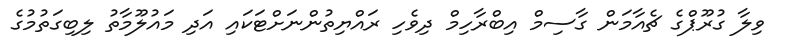
ވިލާ ގުރޫޕްގެ ޗެއާމަން ގާސިމް އިބްރާހިމް ދިވެހި ރައްޔިތުންނަށްޓަކައި އަދި މައުލޫމާތު ލިބިގަތުމުގެ